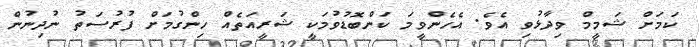
ކަމަށް ޝަމީމް ވިދާޅުވި އެވެ. އެހެންވީމަ ކަންބޮޑުވުމަކީ ޝަރީއަތެއް ހިންގުމަށް ފުރުސަތު ނުދިނުން